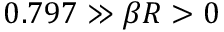
0 . 7 9 7 \gg \beta R > 0